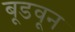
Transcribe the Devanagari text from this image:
बूडवून